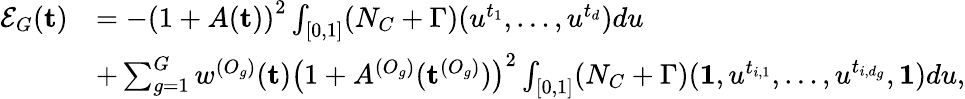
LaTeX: \begin{array}{rl}{\mathcal{E}_{G}(\textbf{t})}&{=-\left(1+A(\textbf{t})\right)^{2}\int_{[0,1]}(N_{C}+\Gamma)(u^{t_{1}},\dots,u^{t_{d}})du}\\ &{+\sum_{g=1}^{G}w^{(O_{g})}(\textbf{t})\left(1+A^{(O_{g})}(\textbf{t}^{(O_{g})})\right)^{2}\int_{[0,1]}(N_{C}+\Gamma)(\textbf{1},u^{t_{i,1}},\dots,u^{t_{i,d_{g}}},\textbf{1})du,}\end{array}